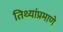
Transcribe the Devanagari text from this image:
तिथ्यांप्रमाणे